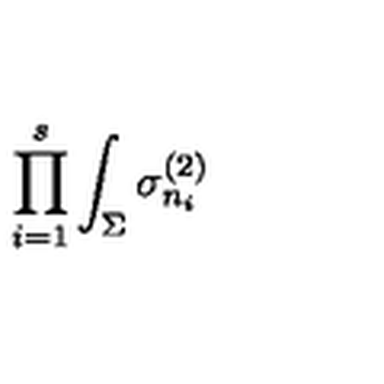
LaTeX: \prod _ { i = 1 } ^ { s } \int _ { \Sigma } \sigma _ { n _ { i } } ^ { ( 2 ) }